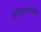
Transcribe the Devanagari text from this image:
व्राटिसलावाईस